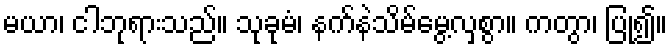
မယာ၊ ငါဘုရားသည်။ သုခုမံ၊ နက်နဲသိမ်မွေ့လှစွာ။ ကတွာ၊ ပြု၍။